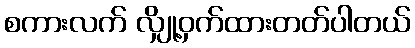
စကားလက် လျှို့ဝှက်ထားတတ်ပါတယ်